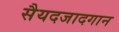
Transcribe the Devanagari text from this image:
सैयदजादगान